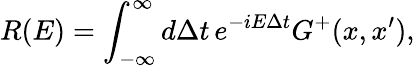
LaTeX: R(E)=\int_{-\infty}^{\infty}d\Delta t\, e^{-iE\Delta t}G^{+}(x,x^{\prime}),